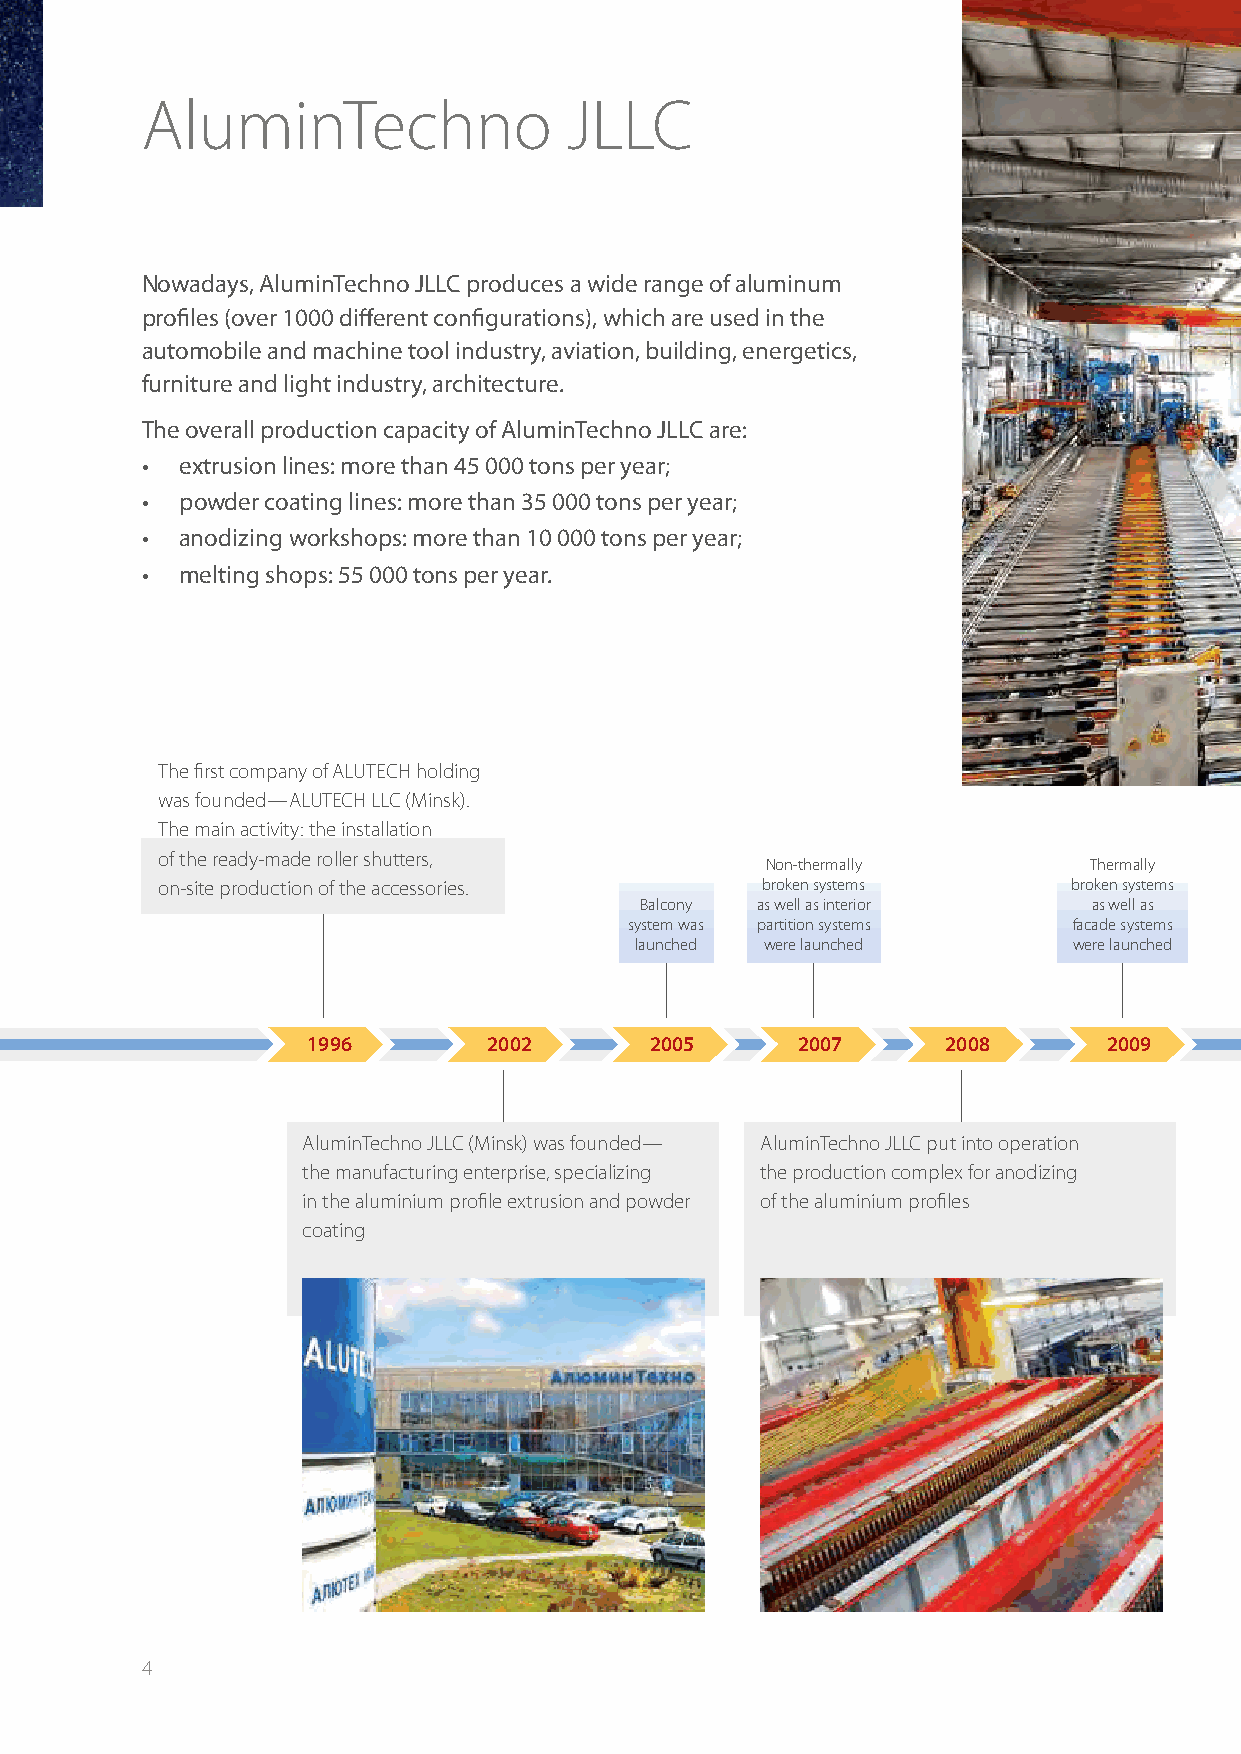
AluminTechno                 JLLC
 Nowadays, AluminTechno JLLC produces a wide range of aluminum
 profiles (over 1000 different configurations), which are used in the
 automobile and machine tool industry, aviation, building, energetics,
 furniture and light industry, architecture.
 The overall production capacity of AluminTechno JLLC are:
 •  extrusion lines: more than 45 000 tons per year;
 •  powder coating lines: more than 35 000 tons per year;
 •  anodizing workshops: more than 10 000 tons per year;
 •  melting shops: 55 000 tons per year.
 The first company of ALUTECH holding
 was founded — ALUTECH LLC (Minsk).
 The main activity: the installation
 of the ready-made roller shutters,
 Non-thermally        Thermally
 on-site production of the accessories.  broken systems       broken systems
 Balcony as well as interior   as well as
 system was partition systems facade systems
 launched were launched       were launched
 1996        2002       2005      2007      2008      2009
 AluminTechno JLLC (Minsk) was founded — AluminTechno JLLC put into operation
 the manufacturing enterprise, specializing the production complex for anodizing
 in the aluminium profile extrusion and powder of the aluminium profiles
 coating
 4